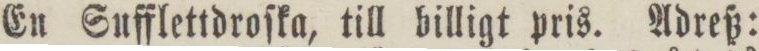
En Sufflettdroſka, till billigt pris. Adreß: